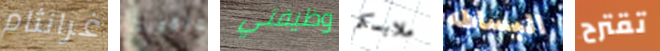
غرانثام ماكويد وظيفتي ملابسكم البساطه تقترح